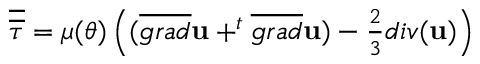
\begin{array} { r } { \overline { { \overline { { \tau } } } } = \mu ( \theta ) \left( ( \overline { { g r a d } } \mathbf { u } + ^ { t } \overline { { g r a d } } \mathbf { u } ) - \frac { 2 } { 3 } d i v ( \mathbf { u } ) \right) } \end{array}